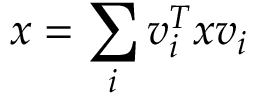
x = \sum _ { i } v _ { i } ^ { T } x v _ { i }